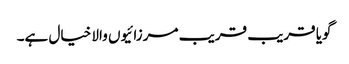
گویا قریب قریب مرزائیوں والا خیال ہے۔